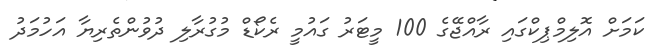
ކަމަށް އޮލިމްޕިކްގައި ރާއްޖޭގެ 100 މީޓަރު ގައުމީ ރެކޯޑް މުގުރާލި ދުވުންތެރިޔާ އަހުމަދު